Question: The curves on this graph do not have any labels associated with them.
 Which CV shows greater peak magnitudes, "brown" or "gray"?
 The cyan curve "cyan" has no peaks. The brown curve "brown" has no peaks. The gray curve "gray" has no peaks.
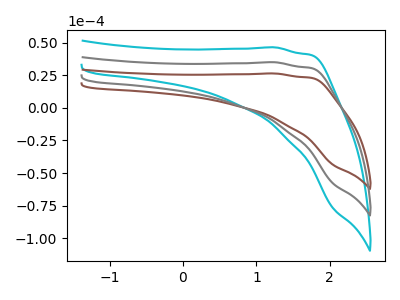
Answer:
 <answer>Niether CV has any peaks.</answer>
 <eval>blanks</eval>